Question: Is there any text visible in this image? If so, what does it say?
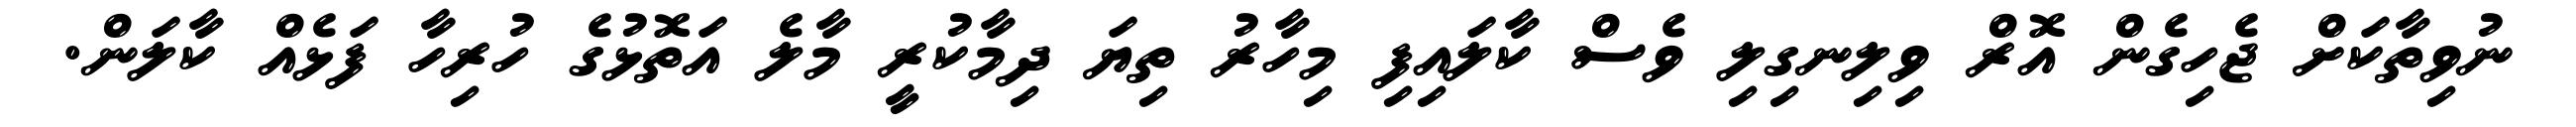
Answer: ނުވިތާކަށް ޖެހިގެން އޮރް ވިލިނގިލި ވެސް ކާލައިފި މިހާރު ތިޔަ ދިމާކުރީ މާލެ އަތޮޅުގެ ހުރިހާ ފަޅެއް ކާލަން.